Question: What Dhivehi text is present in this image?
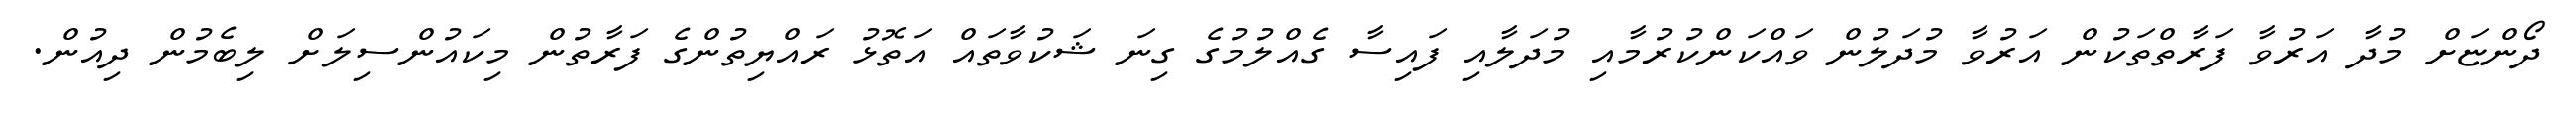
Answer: ދޯންޏަށް މުދާ އަރުވާ ފަރާތްތަކުން އަރުވާ މުދަލުން ވައްކަންކުރުމާއި މުދަލާއި ފައިސާ ގެއްލުމުގެ ގިނަ ޝަކުވާތައް އަތޮޅު ރައްޔިތުންގެ ފަރާތުން މިކައުންސިލަށް ލިބެމުން ދިއުން.